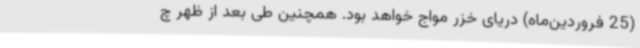
(25 فروردین‌ماه) دریای خزر مواج خواهد بود. همچنین طی بعد از ظهر چ